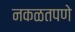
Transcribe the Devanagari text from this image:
नकळतपणे